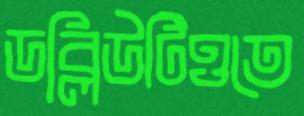
ডব্লিউটিওতে